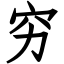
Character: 穷